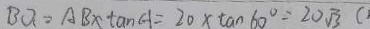
B Q = A B \times \tan A = 2 0 \times \tan 6 0 ^ { \circ } = 2 0 \sqrt { 3 } (